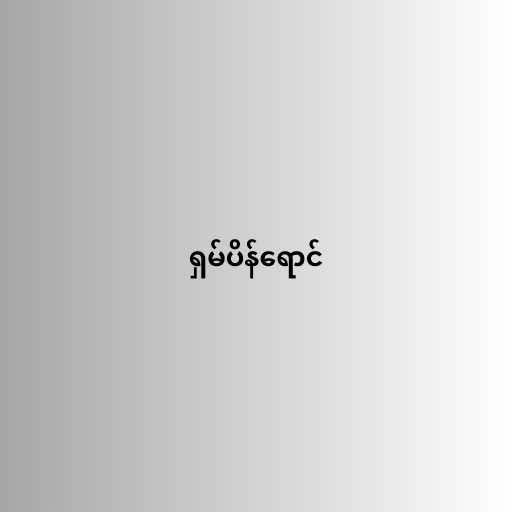
ရှမ်ပိန်ရောင်